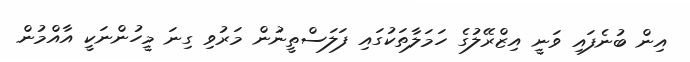
އިން ބުނެފައި ވަނީ އިޒްރޭލުގެ ހަމަލާތަކުގައި ފަލަސްތީނުން މަރުވި ގިނަ މީހުންނަކީ އާއްމުން